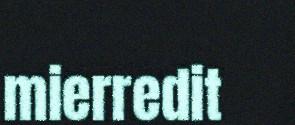
mierredit